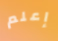
إعلم